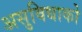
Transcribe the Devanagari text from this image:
असुविधाको